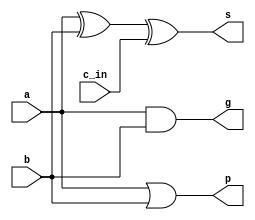
/* ACM Class System (I) Fall Assignment 1 
 *
 *
 * Implement your naive adder here
 * 
 * gUIDE:
 *   1. Create a RTL project in Vivado
 *   2. put this file into `Sources'
 *   3. put `test_adder.v' into `Simulation Sources'
 *   4. Run Behavioral Simulation
 *   5. Make sure to run at least 100 steps during the simulation (usually 100ns)
 *   6. You can see the results in `Tcl console'
 *
 */

module Add1(
	input a,
	input b,
	input c_in,

	output s,
	output g,
	output p
);
	assign s=a^b^c_in;
	assign g=a&b;
	assign p=a|b;
endmodule

module CLA_4(
	input [3:0] g,
	input [3:0] p,
	input c_in,

	output gm,
	output pm,
	output [3:0] c_out
);
	assign c_out[0]=g[0]|p[0]&c_in;
	assign c_out[1]=g[1]|p[1]&g[0]|p[1]&p[0]&c_in;
	assign c_out[2]=g[2]|p[2]&g[1]|p[2]&p[1]&g[0]|p[2]&p[1]&p[0]&c_in;
	assign c_out[3]=g[3]|p[3]&g[2]|p[3]&p[2]&g[1]|p[3]&p[2]&p[1]&g[0]|p[3]&p[2]&p[1]&p[0]&c_in;

	assign gm=g[3]|g[2]&p[3]|g[1]&p[3]&p[2]|g[0]&p[3]&p[2]&p[1];
	assign pm=p[3]&p[2]&p[1]&p[0];
endmodule

module Add4(
	input [3:0] a,
	input [3:0] b,
	input c_in,

	output [3:0] s,
	output gm,
	output pm,
	output c_out
);
	wire [3:0] g;
	wire [3:0] p;
	wire [3:0] co;

	Add1	a1	(.a(a[0]),.b(b[0]),.c_in(c_in),.s(s[0]),.g(g[0]),.p(p[0])),
			a2	(.a(a[1]),.b(b[1]),.c_in(co[0]),.s(s[1]),.g(g[1]),.p(p[1])),
			a3	(.a(a[2]),.b(b[2]),.c_in(co[1]),.s(s[2]),.g(g[2]),.p(p[2])),
			a4	(.a(a[3]),.b(b[3]),.c_in(co[2]),.s(s[3]),.g(g[3]),.p(p[3]));
	
	CLA_4	c	(.g(g),.p(p),.c_in(c_in),.gm(gm),.pm(pm),.c_out(co));

	assign c_out = co[3];
endmodule

module Add16(
	input [15:0]a,
	input [15:0]b,
	input c_in,

	output [15:0] s,
	output gm,
	output pm,
	output c_out
);
	wire [3:0] g;
	wire [3:0] p;
	wire [3:0] co;

	Add4 	a1	(.a(a[3:0]),.b(b[3:0]),.c_in(c_in),.s(s[3:0]),.gm(g[0]),.pm(p[0])),
			a2	(.a(a[7:4]),.b(b[7:4]),.c_in(co[0]),.s(s[7:4]),.gm(g[1]),.pm(p[1])),
			a3	(.a(a[11:8]),.b(b[11:8]),.c_in(co[1]),.s(s[11:8]),.gm(g[2]),.pm(p[2])),
			a4	(.a(a[15:12]),.b(b[15:12]),.c_in(co[2]),.s(s[15:12]),.gm(g[3]),.pm(p[3]));
	
	CLA_4	c	(.g(g),.p(p),.c_in(c_in),.gm(gm),.pm(pm),.c_out(co));
	assign c_out = co[3];
endmodule

module Add(
	// TODO: Write the ports of this module here
	//
	// Hint: 
	//   The module needs 4 ports, 
	//     the first 2 ports are 16-bit unsigned numbers as the inputs of the adder
	//     the third port is a 16-bit unsigned number as the output
	//	   the forth port is a one bit port as the carry flag
	// 
	input [31:0] a,
	input [31:0] b,
	output reg[31:0] sum
);
	wire [1:0] g;
	wire [1:0] p;
	wire [31:0] ans;
	wire c;

	Add16	a1	(.a(a[15:0]),.b(b[15:0]),.c_in(1'b0),.s(ans[15:0]),.gm(g[0]),.pm(p[0])),
			a2	(.a(a[31:16]),.b(b[31:16]),.c_in(g[0]),.s(ans[31:16]),.gm(g[1]),.pm(p[1]));
	
	always @(*) begin
		sum <= ans;
	end
endmodule